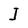
Character: I